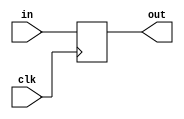
module reg32(clk, in, out);

input [31:0] in;
input clk;

output [31:0] out;
reg [31:0] out=0;

always@(posedge clk )

begin
out<=in;

end

endmodule